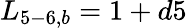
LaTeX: {L_{5-6,b}}=1+d5